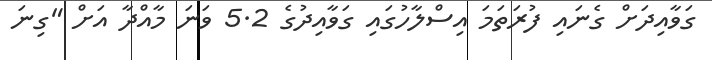
ގަވާއިދަށް ގެނައި ފުރަތަމަ އިސްލާހުގައި ގަވާއިދުގެ 5.2 ވަނަ މާއްދާ އަށް "ގިނަ